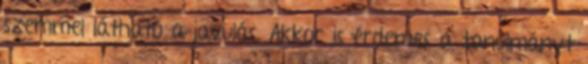
szemmel látható a javulás. Akkor is érdemes a tanulmányt